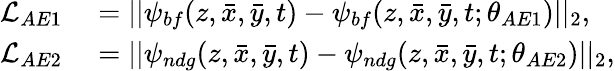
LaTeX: \begin{array}{rl}{\mathcal{L}_{AE1}}&{{}=||\psi_{bf}(z,\bar{x},\bar{y},t)-\psi_{bf}(z,\bar{x},\bar{y},t;\theta_{AE1})||_{2},}\\ {\mathcal{L}_{AE2}}&{{}=||\psi_{ndg}(z,\bar{x},\bar{y},t)-\psi_{ndg}(z,\bar{x},\bar{y},t;\theta_{AE2})||_{2},}\end{array}